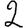
Digit: 2